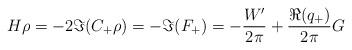
LaTeX: \begin{align*}H\rho=-2\Im(C_+\rho)=-\Im(F_+)=-\frac{W'}{2\pi}+\frac{\Re(q_+)}{2\pi}G\end{align*}